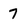
Character: 7